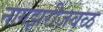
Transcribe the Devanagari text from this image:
नागझरीजवळ